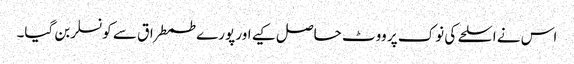
اس نے اسلحے کی نوک پر ووٹ حاصل کیے اور پورے طمطراق سے کونسلر بن گیا۔